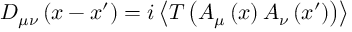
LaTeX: D _ { \mu \nu } \left( x - x ^ { \prime } \right) = i \left\langle T \left( A _ { \mu } \left( x \right) A _ { \nu } \left( x ^ { \prime } \right) \right) \right\rangle